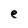
Character: e